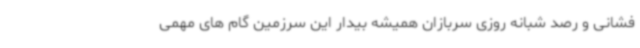
فشانی و رصد شبانه روزی سربازان همیشه بیدار این سرزمین گام های مهمی